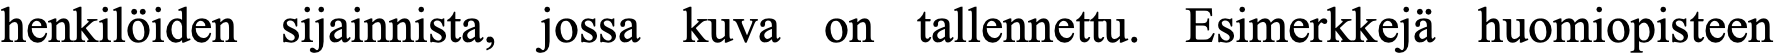
henkilöiden sijainnista, jossa kuva on tallennettu. Esimerkkejä huomiopisteen